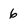
Character: 6